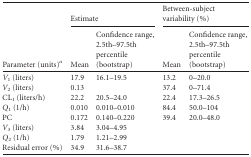
<table><thead><tr><td rowspan="2"><b>Parameter (units)<sup><i>a</i></sup></b></td><td colspan="2"><b>Estimate</b></td><td colspan="2"><b>Between-subject variability (%)</b></td></tr><tr><td><b>Mean</b></td><td><b>Confidence range, 2.5th–97.5th percentile (bootstrap)</b></td><td><b>Mean</b></td><td><b>Confidence range, 2.5th–97.5th percentile (bootstrap)</b></td></tr></thead><tbody><tr><td><i>V</i><sub>1</sub> (liters)</td><td>17.9</td><td>16.1–19.5</td><td>13.2</td><td>0–20.0</td></tr><tr><td><i>V</i><sub>2</sub> (liters)</td><td>0.13</td><td></td><td>37.4</td><td>0–71.4</td></tr><tr><td>CL<sub>1</sub> (liters/h)</td><td>22.2</td><td>20.5–24.0</td><td>22.4</td><td>17.3–26.5</td></tr><tr><td><i>Q</i><sub>1</sub> (1/h)</td><td>0.010</td><td>0.010–0.010</td><td>84.4</td><td>50.0–104</td></tr><tr><td>PC</td><td>0.172</td><td>0.140–0.220</td><td>39.4</td><td>20.0–48.0</td></tr><tr><td><i>V</i><sub>3</sub> (liters)</td><td>3.84</td><td>3.04–4.95</td><td></td><td></td></tr><tr><td><i>Q</i><sub>2</sub> (1/h)</td><td>1.79</td><td>1.21–2.99</td><td></td><td></td></tr><tr><td>Residual error (%)</td><td>34.9</td><td>31.6–38.7</td><td></td><td></td></tr></tbody></table>